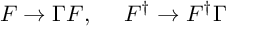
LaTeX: F \rightarrow \Gamma F , \ \ \ \ F ^ { \dagger } \rightarrow F ^ { \dagger } \Gamma